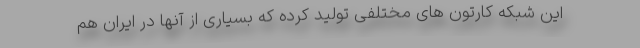
این شبکه کارتون های مختلفی تولید کرده که بسیاری از آنها در ایران هم